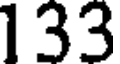
133